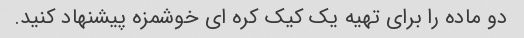
دو ماده را برای تهیه یک کیک کره ای خوشمزه پیشنهاد کنید.